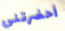
أحضرتني